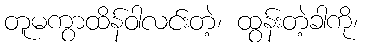
တူမကွာထိန်ဝါလင်းတဲ့၊ ထွန်းတဲ့ခါကို၊